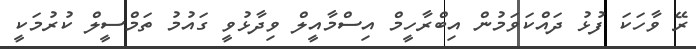
ރޭ ވާހަކަ ފުޅު ދައްކަވަމުން އިބްރާހީމް އިސްމާއީލް ވިދާޅުވީ ގައުމު ތަމްސީލް ކުރުމަކީ